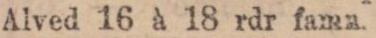
Alved 16 à 18 rdr famn.